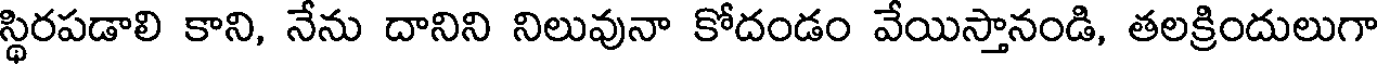
స్థిరపడాలి కాని, నేను దానిని నిలువునా కోదండం వేయిస్తానండి, తలక్రిందులుగా